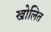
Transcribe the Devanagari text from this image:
खोलित